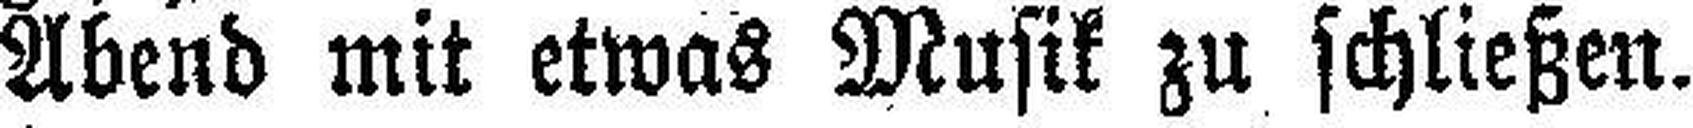
Abend mit etwas Musik zu schließen.